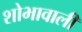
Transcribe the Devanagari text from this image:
शोभावाली